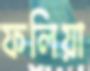
ফলিয়া